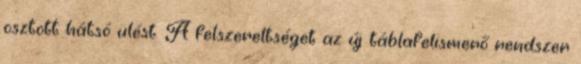
osztott hátsó ülést. A felszereltséget az új táblafelismerő rendszer